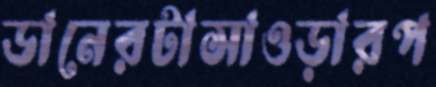
ডানেরটাসাওড়ারপ